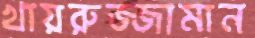
খায়রুজ্জামান